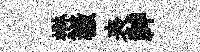
懋檄表神